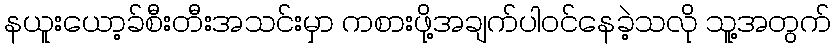
နယူးယော့ခ်စီးတီးအသင်းမှာ ကစားဖို့အချက်ပါဝင်နေခဲ့သလို သူ့အတွက်